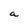
Character: a